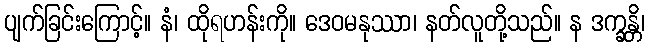
ပျက်ခြင်းကြောင့်။ နံ၊ ထိုရဟန်းကို။ ဒေဝမနုဿာ၊ နတ်လူတို့သည်။ န ဒက္ခန္တိ၊